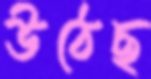
উঠেছ